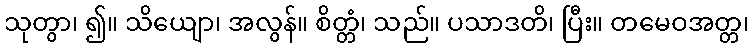
သုတွာ၊ ၍။ သိယျော၊ အလွန်။ စိတ္တံ၊ သည်။ ပသာဒတိ၊ ပြီး။ တမေဝအတ္တ၊